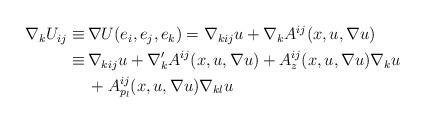
LaTeX: \begin{align*}\begin{aligned}\nabla_k U_{ij} \equiv \,& \nabla U (e_i, e_j, e_k) = \nabla_{kij} u + \nabla_k A^{ij} (x, u, \nabla u) \\ \equiv \,& \nabla_{kij} u + \nabla'_k A^{ij} (x, u, \nabla u) + A^{ij}_z (x, u, \nabla u) \nabla_k u \\ & + A^{ij}_{p_l} (x, u, \nabla u) \nabla_{kl} u \end{aligned}\end{align*}